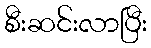
စီးဆင်းလာပြီး